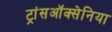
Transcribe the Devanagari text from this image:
ट्रांसऑक्सेनिया